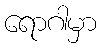
ရောဂါမှာ